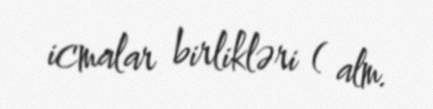
icmalar birlikləri ( alm.